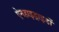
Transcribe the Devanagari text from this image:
ऐनहाइड्राइडों